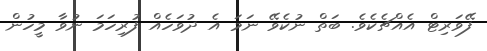
ފޭވަރިޓް އެއްޗެކެވެ. ބަތް ނުކެވޭ ނަމަ އެ ދުވަހެއް ފުރިހަމަ ނުވާ މީހުން